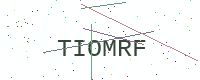
Text: TIOMRF